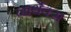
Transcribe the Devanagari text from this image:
नार्थेक्स